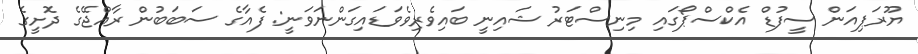
ޔޫރަޕިއަން ސީފުޑް އެކްސްޕޯގައި މިނިސްޓަރު ޝައިނީ ބައިވެރިވެވަޑައިގަންނަވަނީ: ފެއާގެ ސަބަބުން ރާއްޖޭގެ ދޮށީގެ